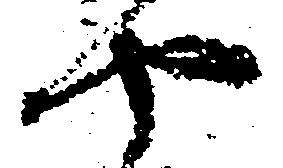
や